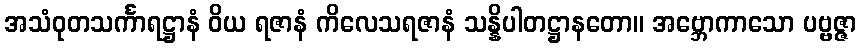
အသံဝုတသင်္ကာရဋ္ဌာနံ ဝိယ ရဇာနံ ကိလေသရဇာနံ သန္နိပါတဋ္ဌာနတော။ အဗ္ဘောကာသော ပဗ္ဗဇ္ဇာ